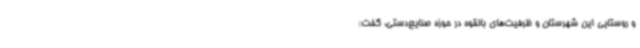
و روستایی این شهرستان و ظرفیت‌های بالقوه در حوزه صنایع‌دستی، گفت: